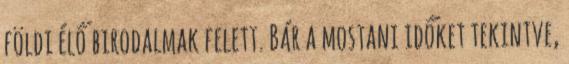
földi élő birodalmak felett. Bár a mostani időket tekintve,